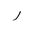
Letter: _ra